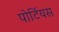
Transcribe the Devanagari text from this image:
पोर्टियस